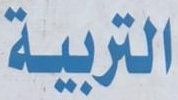
التربية